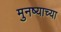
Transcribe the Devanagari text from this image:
मुनष्याच्या